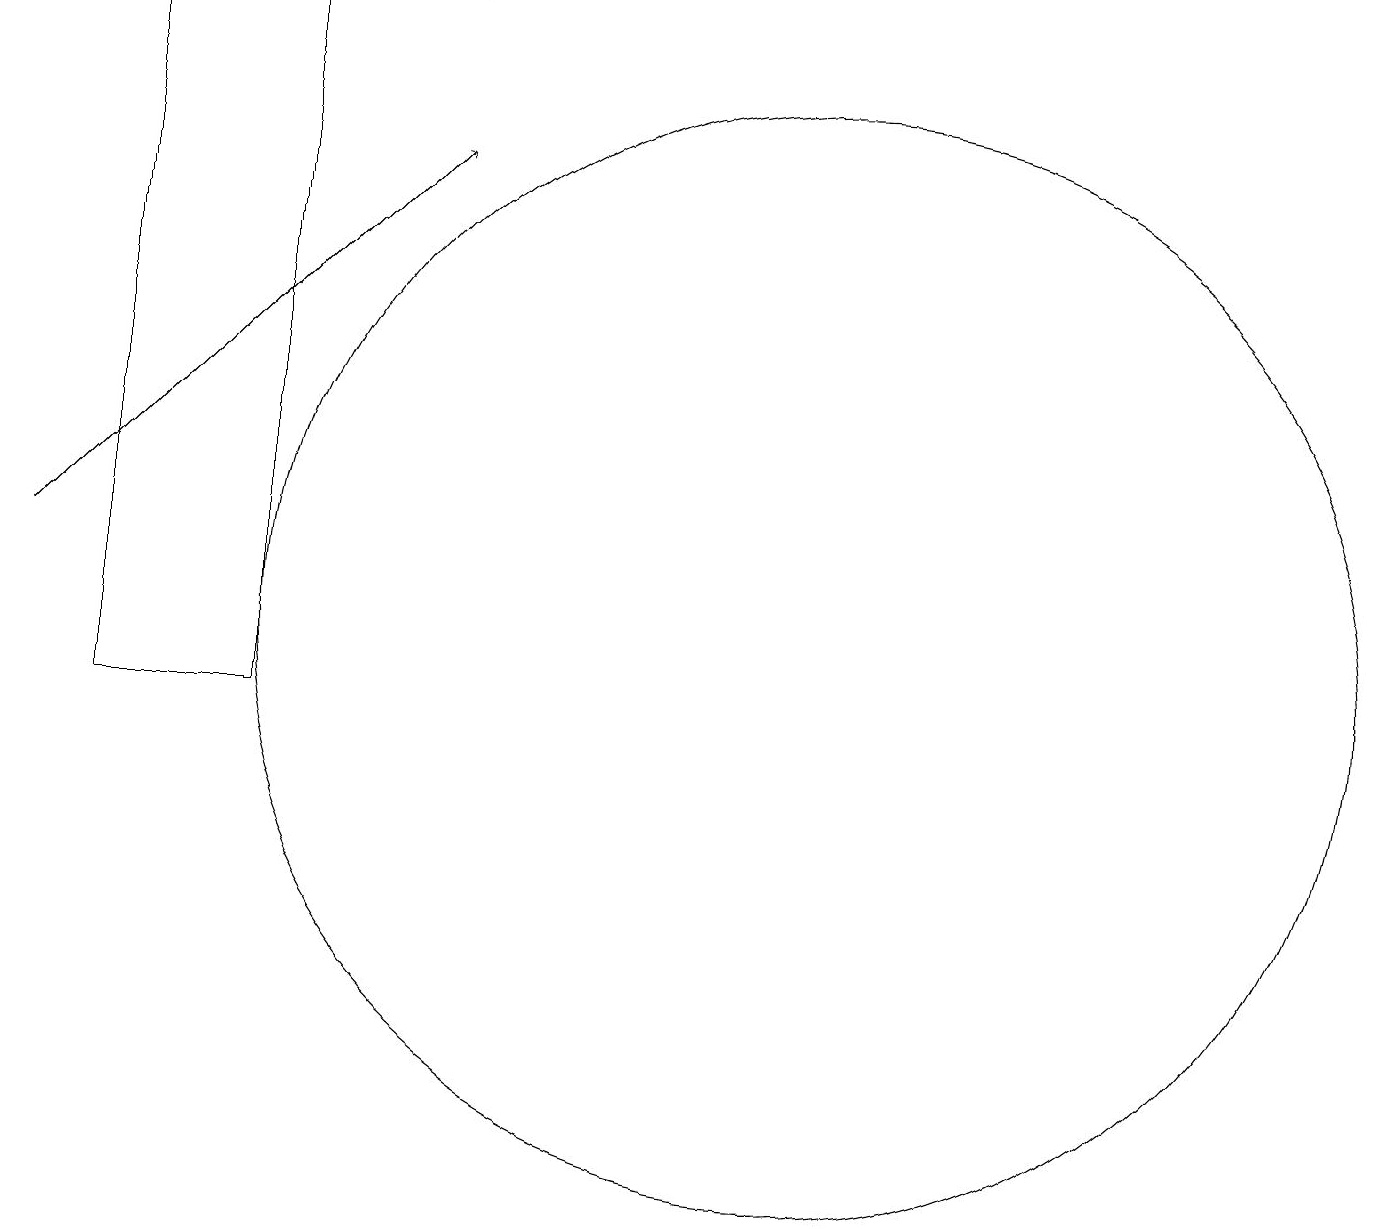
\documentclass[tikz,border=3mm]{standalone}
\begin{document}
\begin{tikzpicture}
\draw (10,11) circle (7);
\draw (5,19) rectangle (3,19);
\draw[->] (0,12) -- (5,17);
\draw (3,10) rectangle (1,19);
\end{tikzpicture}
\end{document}